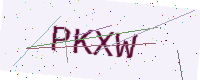
Text: PKXW